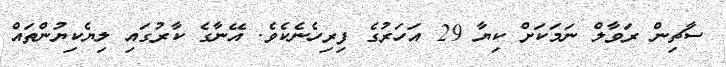
ސާޗިން ރަވާލް ނަމަކަށް ކިޔާ 29 އަހަރުގެ ފިރިހެނެކެވެ. އޭނާގެ ކާރުގައި ލިޔެކިޔުންތައް